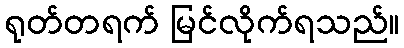
ရုတ်တရက် မြင်လိုက်ရသည်။